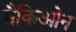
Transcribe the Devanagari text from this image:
मैकिओन